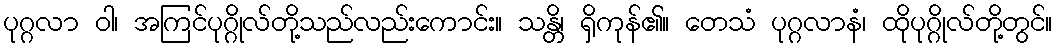
ပုဂ္ဂလာ ဝါ၊ အကြင်ပုဂ္ဂိုလ်တို့သည်လည်းကောင်း။ သန္တိ၊ ရှိကုန်၏။ တေသံ ပုဂ္ဂလာနံ၊ ထိုပုဂ္ဂိုလ်တို့တွင်။